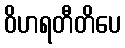
ဝိဟရတီတိပေ